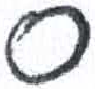
אות: ס